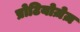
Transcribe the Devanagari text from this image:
प्रोटियोज़ेज़